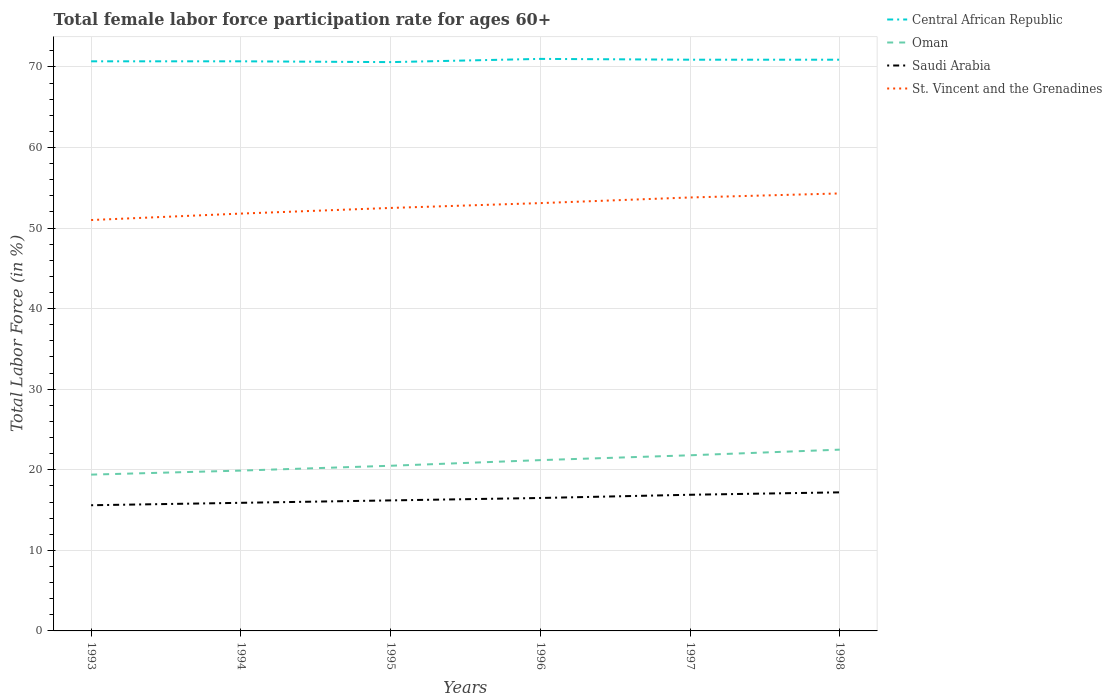
| Years | Central African Republic | Oman | Saudi Arabia | St. Vincent and the Grenadines |
 | --- | --- | --- | --- | --- |
 | 1993 | 70.7 | 19.4 | 15.6 | 51 |
 | 1994 | 70.7 | 19.9 | 15.9 | 51.8 |
 | 1995 | 70.6 | 20.5 | 16.2 | 52.5 |
 | 1996 | 71 | 21.2 | 16.5 | 53.1 |
 | 1997 | 70.9 | 21.8 | 16.9 | 53.8 |
 | 1998 | 70.9 | 22.5 | 17.2 | 54.3 |